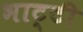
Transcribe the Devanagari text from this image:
भाट्टी